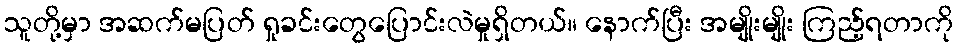
သူတို့မှာ အဆက်မပြတ် ရှုခင်းတွေပြောင်းလဲမှုရှိတယ်။ နောက်ပြီး အမျိုးမျိုး ကြည့်ရတာကို